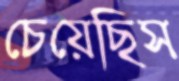
চেয়েছিস